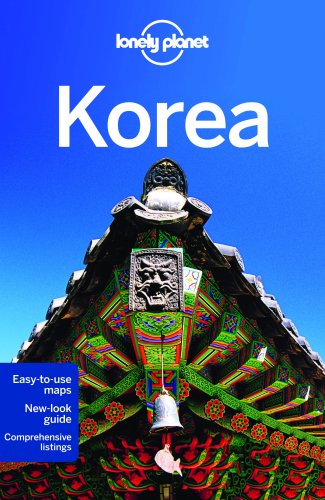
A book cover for Lonely Planet Korea (Travel Guide); Lonely Planet; Travel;